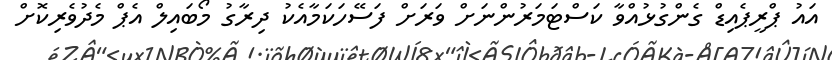
އައު ޕްރީޕެއިޑް ގެންގުޅުއްވާ ކަސްޓަމަރުންނަށް ވަރަށް ފަސޭހަކަމާއެކު ދިރާގު މޯބައިލް އެޕް މެދުވެރިކޮށް